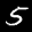
Label: 5